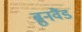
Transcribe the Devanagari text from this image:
ब्रुनवैंड